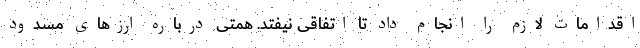
اقدامات لازم را انجام داد تا اتفاقی نیفتد. همتی درباره ارزهای مسدود